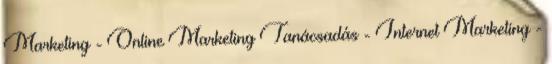
Marketing - Online Marketing Tanácsadás - Internet Marketing -